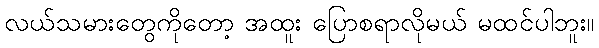
လယ်သမားတွေကိုတော့ အထူး ပြောစရာလိုမယ် မထင်ပါဘူး။